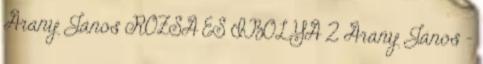
Arany János RÓZSA ÉS IBOLYA 2 Arany János -